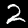
Digit: 2